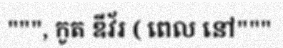
""", កូត ឌីវ័រ ( ពេល នៅ"""